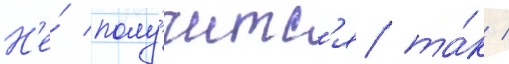
Н'е́ полу́читс'я та́к /